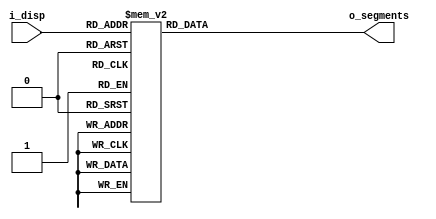
// SPDX-FileCopyrightText: 2023 Harald Pretl
//	Licensed under the Apache License, Version 2.0 (the "License");
//	you may not use this file except in compliance with the License.
//	You may obtain a copy of the License at
//
//		http://www.apache.org/licenses/LICENSE-2.0
//
//	Unless required by applicable law or agreed to in writing, software
//	distributed under the License is distributed on an "AS IS" BASIS,
//	WITHOUT WARRANTIES OR CONDITIONS OF ANY KIND, either express or implied.
//	See the License for the specific language governing permissions and
//	limitations under the License.
// SPDX-License-Identifier: Apache-2.0

/*
      -- 1 --
     |       |
     6       2
     |       |
      -- 7 --
     |       |
     5       3
     |       |
      -- 4 --
*/

`ifndef __SEG7__
`define __SEG7__

`default_nettype none

module seg7 (
	input wire [3:0] i_disp,
	output reg [6:0] o_segments
);

	always @(*) begin
		case(i_disp)
			//                7654321
			// numeric characters
			0:  o_segments = 7'b0111111; // O
			1:  o_segments = 7'b0000110;
			2:  o_segments = 7'b1011011;
			3:  o_segments = 7'b1001111;
			4:  o_segments = 7'b1100110;
			5:  o_segments = 7'b1101101;
			6:  o_segments = 7'b1111100;
			7:  o_segments = 7'b0000111;
			8:  o_segments = 7'b1111111;
			9:  o_segments = 7'b1100111;
			// special characters
			10:	o_segments = 7'b0000000; // blank
			11:	o_segments = 7'b1111111; // full
			12:	o_segments = 7'b1110110; // X
			13: o_segments = 7'b0000001; // top bar
			14: o_segments = 7'b1000000; // middle bar
			15: o_segments = 7'b0001000; // bottom bar
			default:
				o_segments = 7'b0000000;
		endcase
	end

endmodule // seg7
`endif